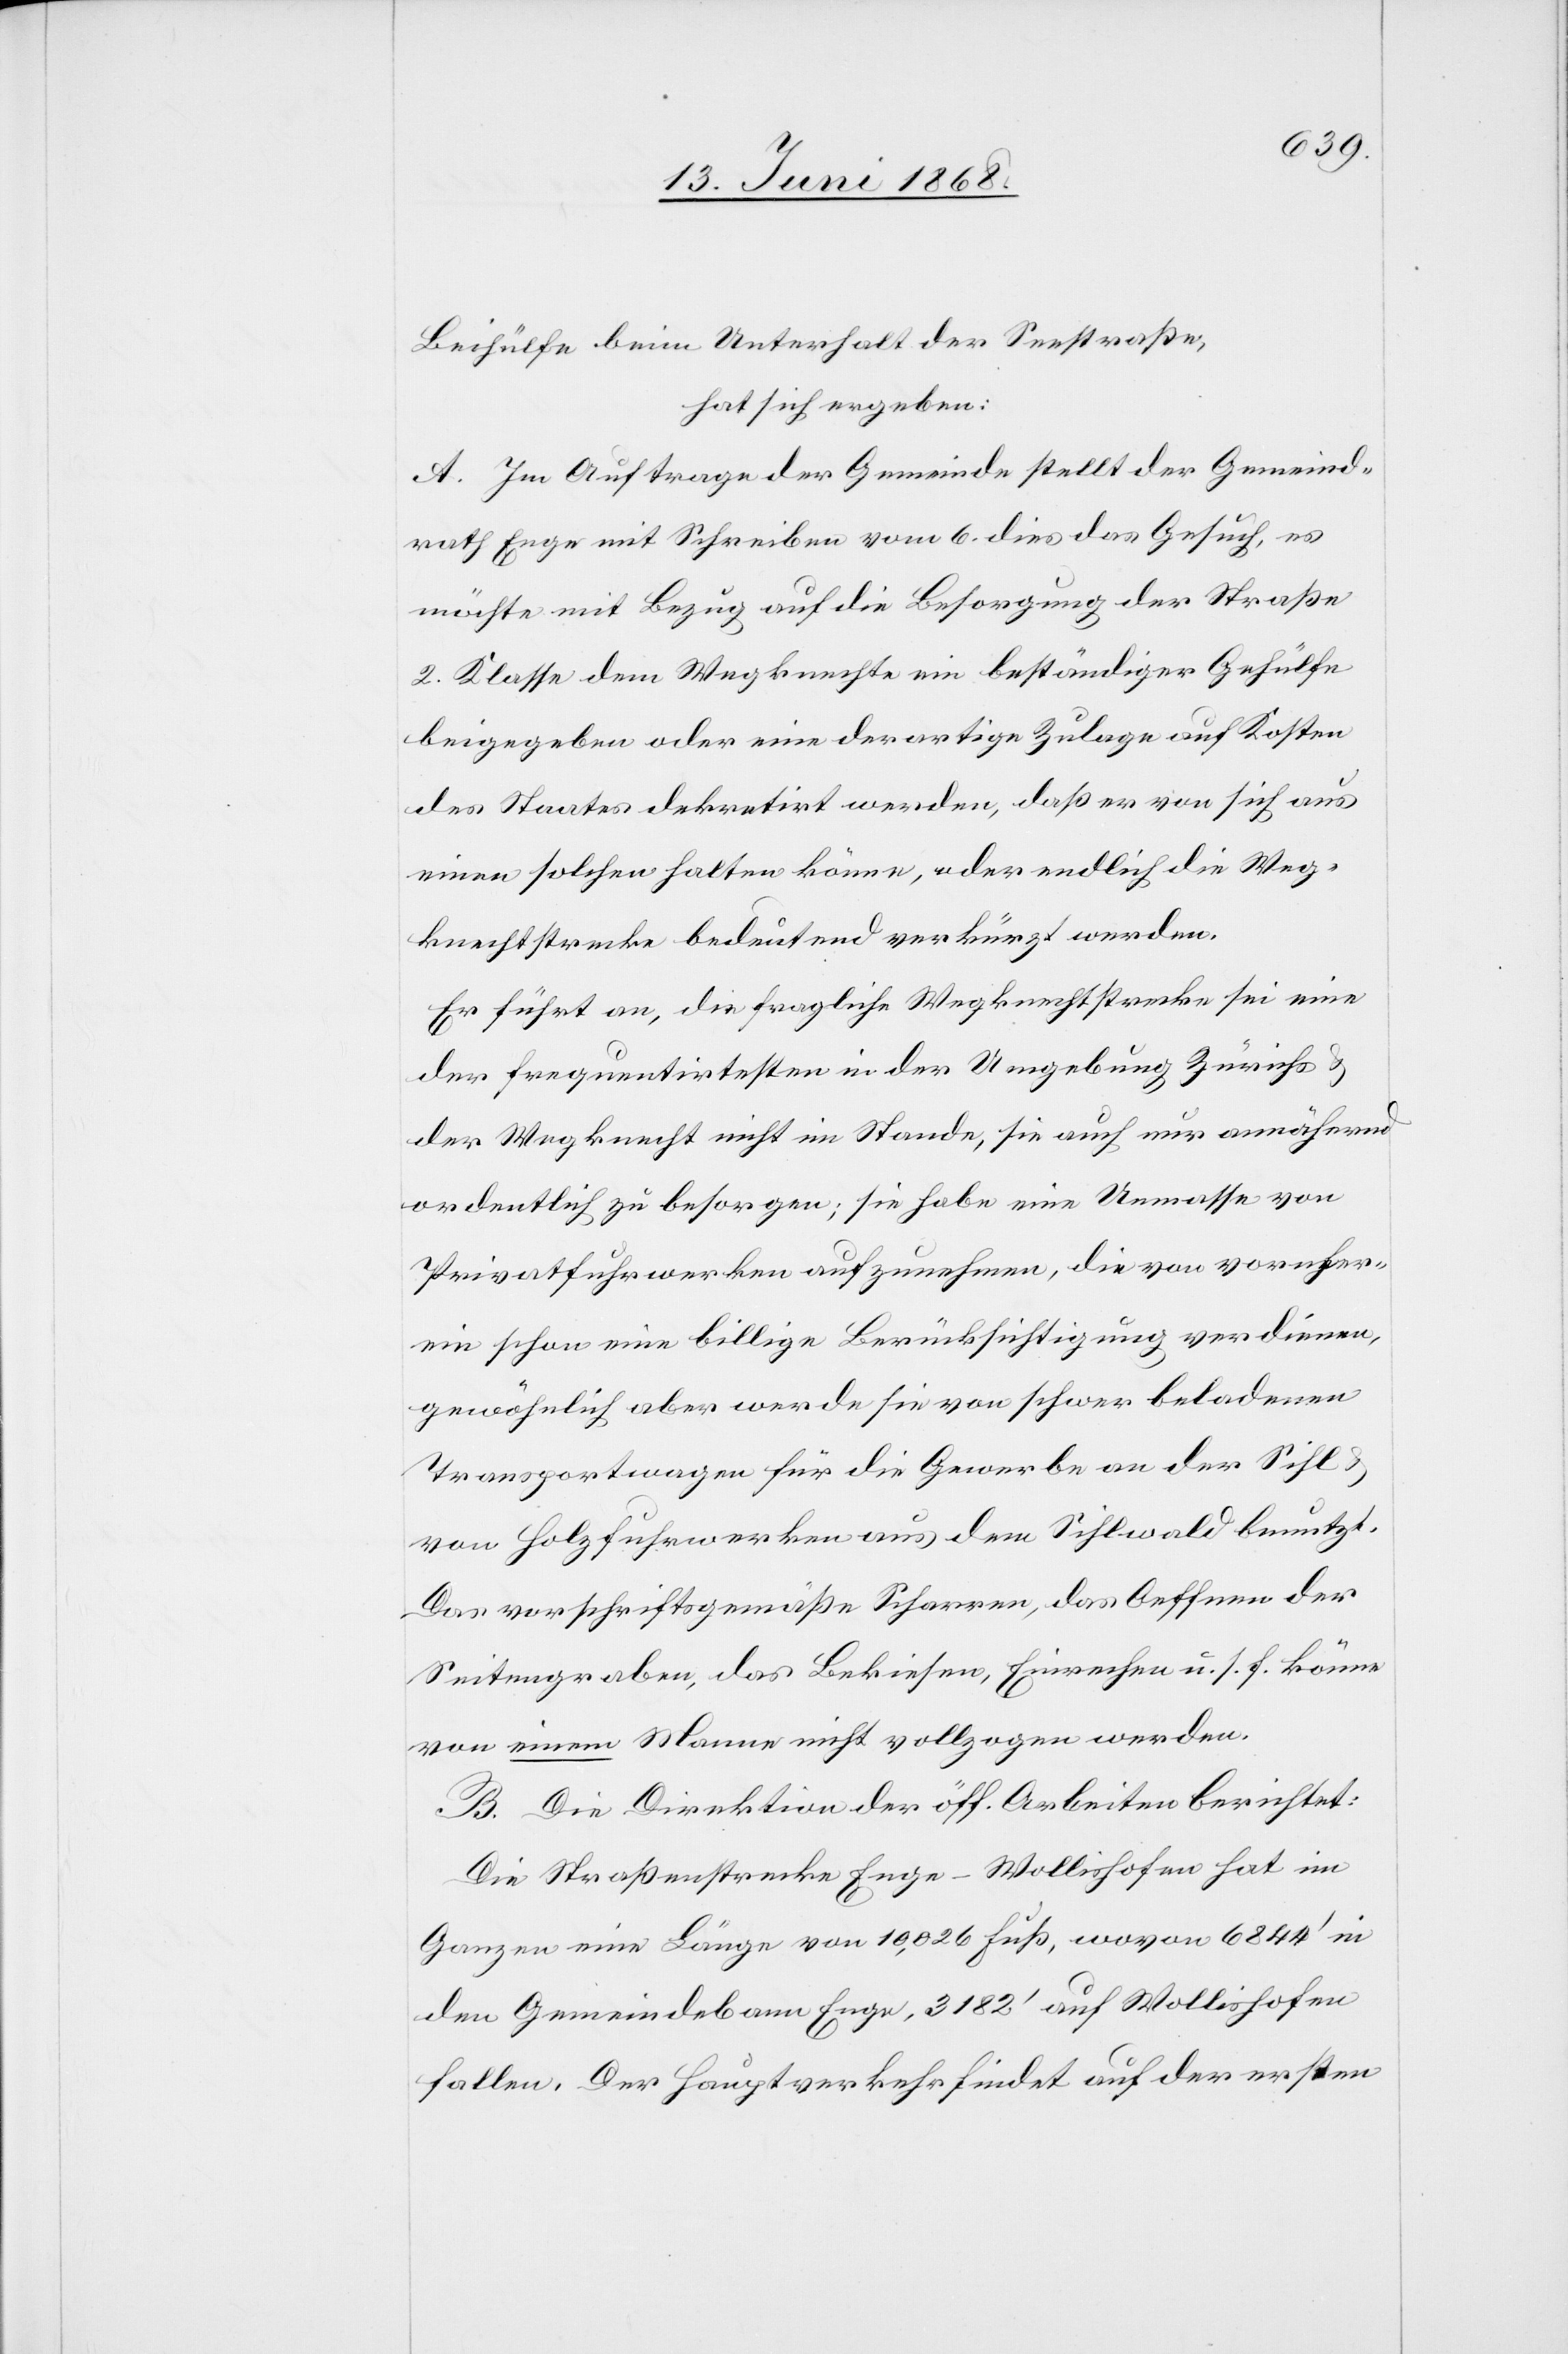
Beihülfe beim Unterhalt der Seestraße,
hat sich ergeben:
A. Im Auftrage der Gemeinde stellt der Gemeind¬
rath Enge mit Schreiben vom 6. dies das Gesuch, es
möchte mit Bezug auf die Besorgung der Straße
2. Klasse dem Wegknechte ein beständiger Gehülfe
beigegeben oder eine derartige Zulage auf Kosten
des Staates dekretirt werden, daß er von sich aus
einen solchen halten könne, oder endlich die Weg¬
knechtstrecke bedeutend verkürzt werden.
Er führt an, die fragliche Wegknechtstrecke sei eine
der frequentirtesten in der Umgebung Zürichs &
der Wegknecht nicht im Stande, sie auch nur annähernd
ordentlich zu besorgen; sie habe eine Unmasse von
Privatfuhrwerken aufzunehmen, die von vornher¬
ein schon eine billige Berücksichtigung verdienen,
gewöhnlich aber werde sie von schwer beladenen
Transportwagen für die Gewerbe an der Sihl
von Holzfuhrwerken aus dem Sihlwald benutzt.
Das vorschriftsgemäße Scharren, das Oeffnen der
Seitengraben, das Bekiesen, Einrechen u. s. f. könne
von einem Manne nicht vollzogen werden.
B. Die Direktion der öff. Arbeiten berichtet:
Die Straßenstrecke Enge-Wollishofen hat im
Ganzen eine Länge von 10,026 Fuß, wovon 6844‘ in
den Gemeindebann Enge, 3182‘ auf Wollishofen
fallen. Der Hauptverkehr findet auf der ersten